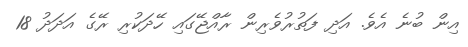
އިން ބުނެ އެވެ. އަދި ފަތުރުވެރިން ރާއްޖޭގައި ހޭދަކުރި ރޭގެ އަދަދު 18